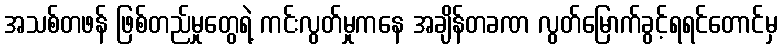
အသစ်တဖန် ဖြစ်တည်မှုတွေရဲ့ ကင်းလွတ်မှုကနေ အချိန်တခဏ လွတ်မြောက်ခွင့်ရရင်တောင်မှ